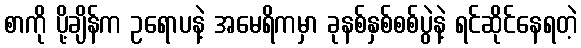
စာကို ပို့ချိန်က ဥရောပနဲ့ အမေရိကမှာ ခုနစ်နှစ်စစ်ပွဲနဲ့ ရင်ဆိုင်နေရတဲ့